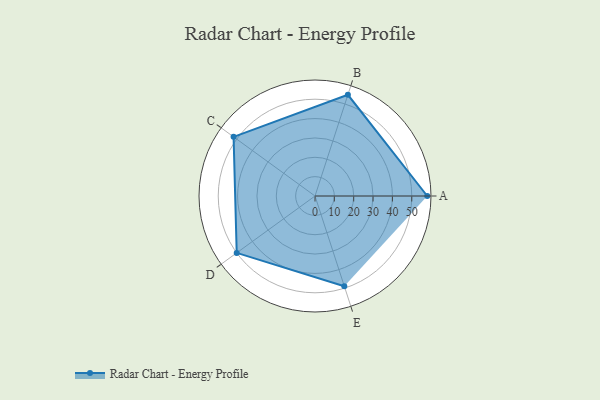
{"axis": {"x": "Skill", "y": "Score"}, "legend": ["Profile"], "data": [{"x": "A", "y": 58.0, "type": "Profile"}, {"x": "B", "y": 55.0, "type": "Profile"}, {"x": "C", "y": 52.0, "type": "Profile"}, {"x": "D", "y": 50.0, "type": "Profile"}, {"x": "E", "y": 49.0, "type": "Profile"}]}